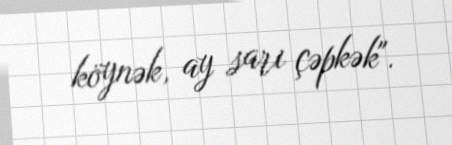
köynək, ay sarı çəpkək".